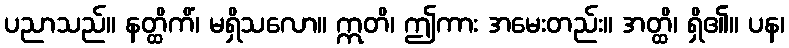
ပညာသည်။ နတ္ထိကိံ၊ မရှိသလော။ ဣတိ၊ ဤကား အမေးတည်း။ အတ္ထိ၊ ရှိ၏။ ပန၊